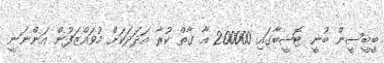
ބީބީސީން ބުނީ ޓޮޝީބާގައި 200000 އާ ގާތް ކުރާ އަދަަދަކަށް މުވައްޒަފުން އަންނަނީ